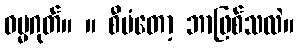
ဓမ္မဂုတ်။ ။ စီမံတော့ ဘာဖြစ်သလဲ။